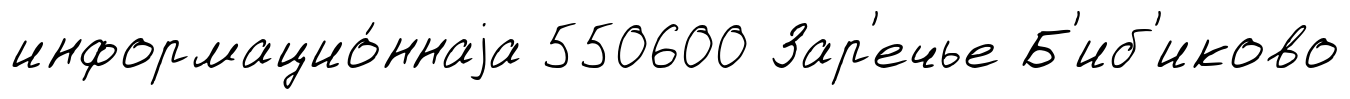
информацио́ннаjа 550600 Зар'ечье Б'иб'иково